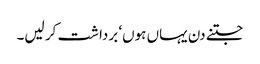
جتنے دن یہاں ہوں‘ برداشت کر لیں۔